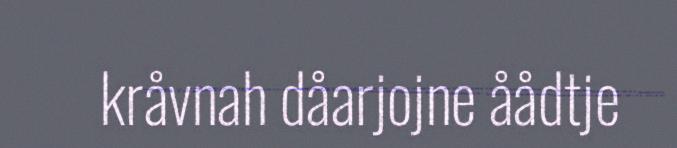
kråvnah dåarjojne åådtje